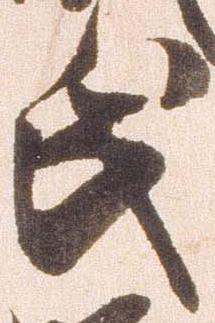
氏